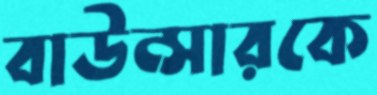
বাউন্সারকে